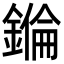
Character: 𨫅